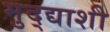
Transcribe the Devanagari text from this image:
मुद्द्याशी